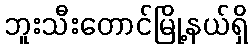
ဘူးသီးတောင်မြို့နယ်ရှိ